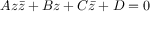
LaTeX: A z { \bar { z } } + B z + C { \bar { z } } + D = 0